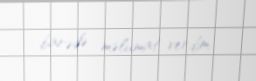
barədə məlumat verdim.